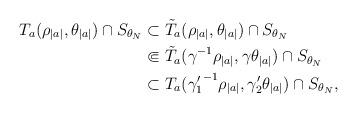
LaTeX: \begin{align*}\begin{aligned}T_a(\rho_{|a|},\theta_{|a|})\cap S_{\theta_N}&\subset{\tilde T}_a(\rho_{|a|},\theta_{|a|})\cap S_{\theta_N}\\&\Subset {\tilde T}_a(\gamma^{-1}\rho_{|a|},\gamma\theta_{|a|})\cap S_{\theta_N}\\&\subset T_a({\gamma'_1}^{-1}\rho_{|a|},\gamma'_2\theta_{|a|})\cap S_{\theta_N},\end{aligned}\end{align*}